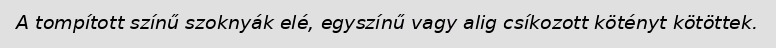
A tompított színű szoknyák elé, egyszínű vagy alig csíkozott kötényt kötöttek.